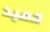
حميد